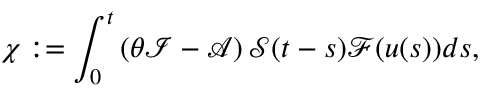
\displaystyle \chi : = \int _ { 0 } ^ { t } \left( \theta \mathcal { I } - \mathcal { A } \right) \mathcal { S } ( t - s ) \mathcal { F } ( u ( s ) ) d s ,